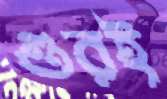
গুরই